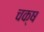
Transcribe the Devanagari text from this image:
चक्ष